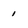
Character: 1